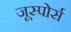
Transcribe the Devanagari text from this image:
जूस्पोर्स